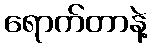
ရောက်တာနဲ့